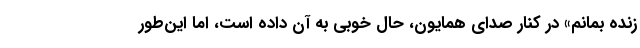
زنده بمانم» در کنار صدای همایون، حال خوبی به آن داده است، اما این‌طور